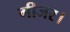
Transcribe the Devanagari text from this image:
गीजर।